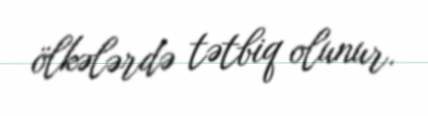
ölkələrdə tətbiq olunur.